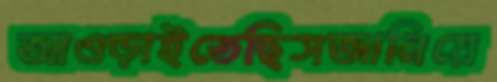
আওড়াইতেছিসজানিয়ে